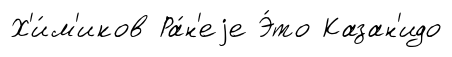
Х'и́м'иков Ра́н'еjе Э́то Казан'идо